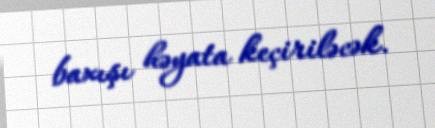
baxışı həyata keçiriləcək.